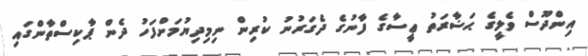
އިންދޫސް ވެލީގެ ޙަޟާރަތު ޢީސާގެ ފާނުގެ ދެގަރުނު ކުރިން ނިމިދިޔުމަށްފަހު ދެން ޕާކިސްތާންގައި